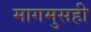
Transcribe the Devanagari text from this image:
मागमुसही